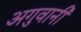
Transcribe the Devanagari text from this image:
अगुवानी